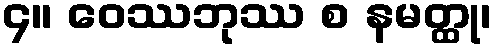
၄။ ဝေဿဘုဿ စ နမတ္ထု၊